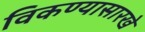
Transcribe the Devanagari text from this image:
विकण्यासारखे